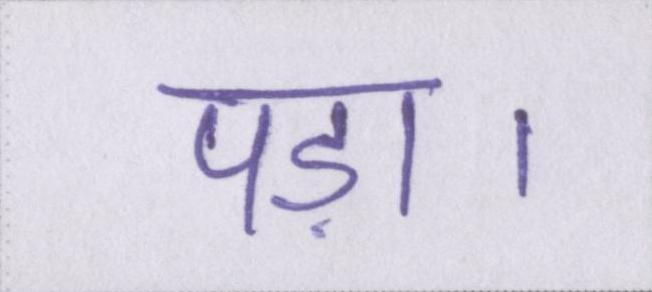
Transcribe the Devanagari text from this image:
पड़ा।